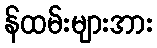
န်ထမ်းများအား